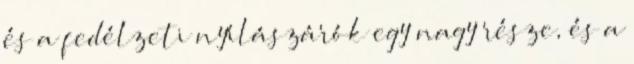
és a fedélzeti nyílászárók egy nagy része, és a